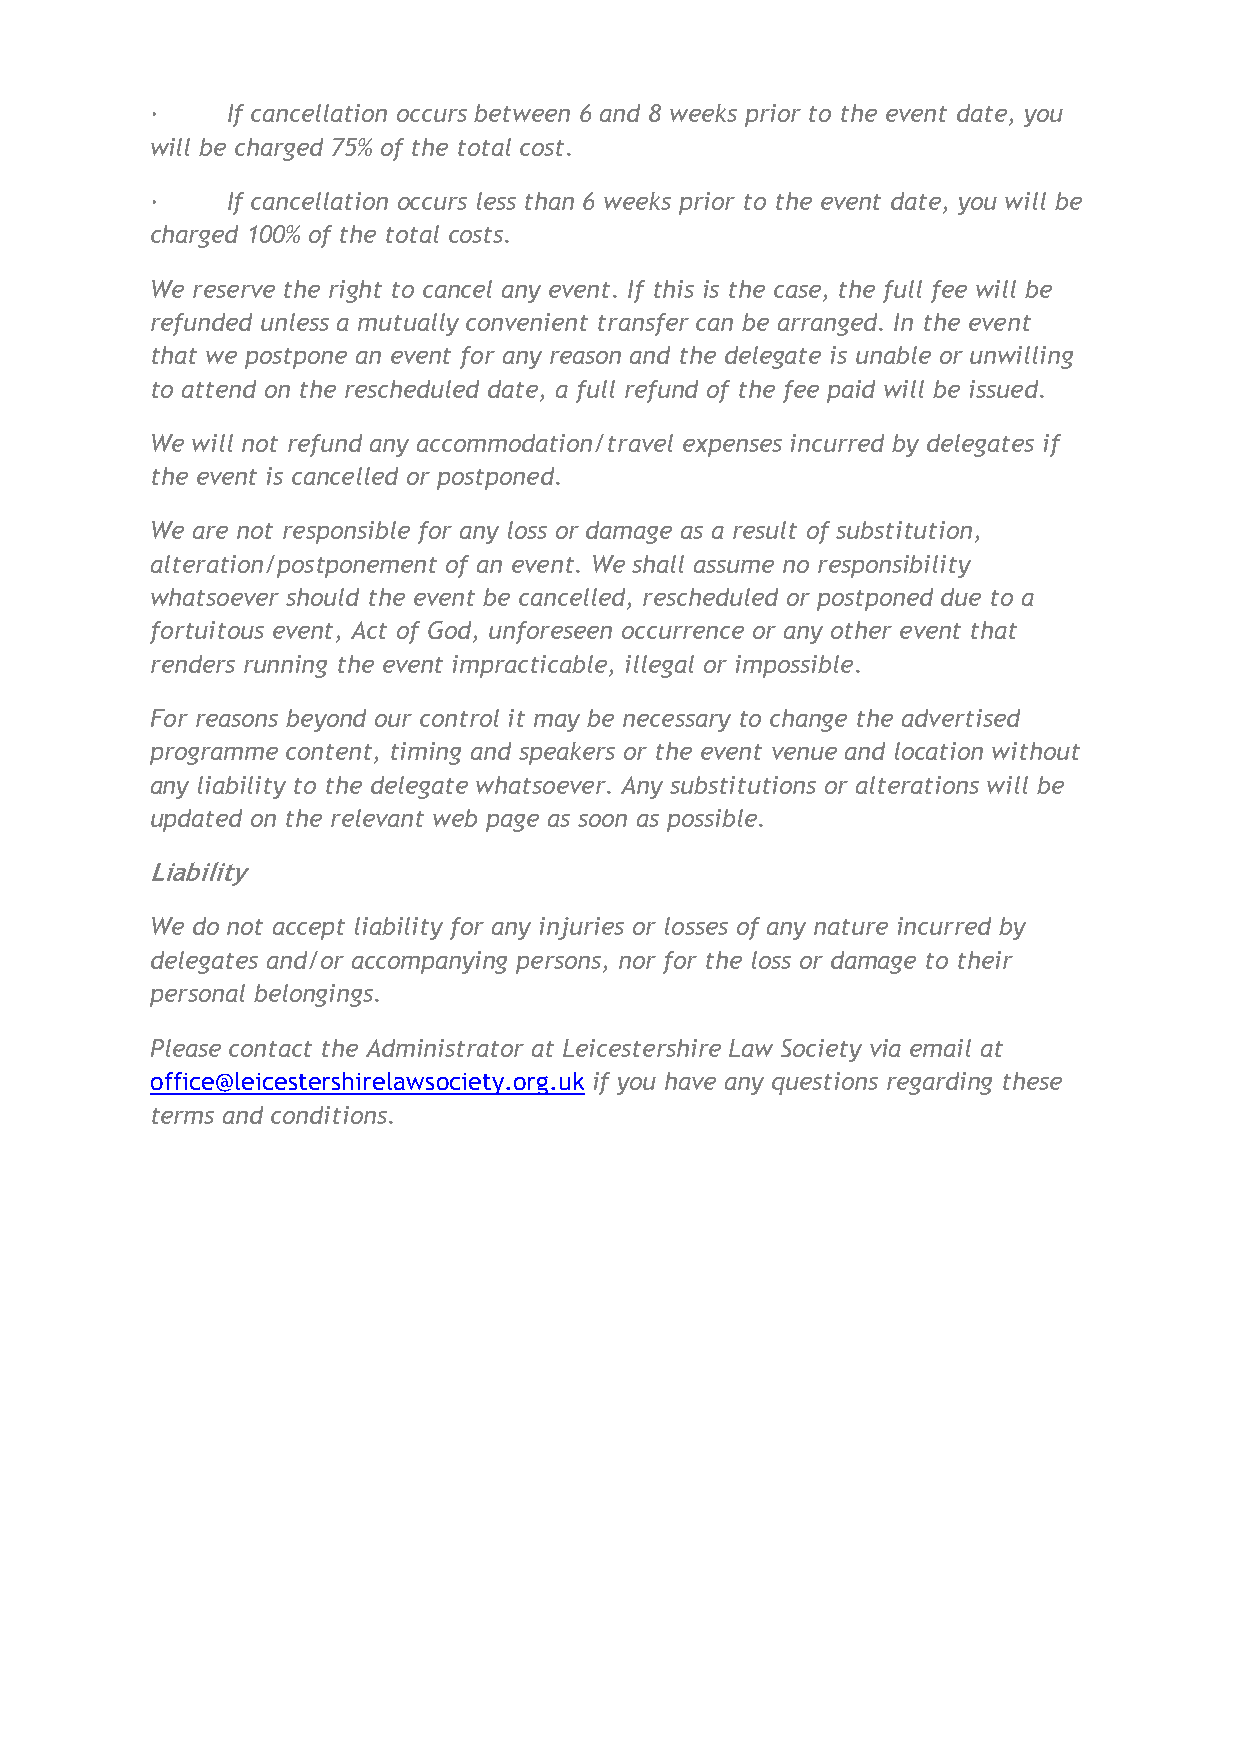
·    If cancellation occurs between 6 and 8 weeks prior to the event date, you
 will be charged 75% of the total cost.
 ·    If cancellation occurs less than 6 weeks prior to the event date, you will be
 charged 100% of the total costs.
 We reserve the right to cancel any event. If this is the case, the full fee will be
 refunded unless a mutually convenient transfer can be arranged. In the event
 that we postpone an event for any reason and the delegate is unable or unwilling
 to attend on the rescheduled date, a full refund of the fee paid will be issued.
 We will not refund any accommodation/travel expenses incurred by delegates if
 the event is cancelled or postponed.
 We are not responsible for any loss or damage as a result of substitution,
 alteration/postponement of an event. We shall assume no responsibility
 whatsoever should the event be cancelled, rescheduled or postponed due to a
 fortuitous event, Act of God, unforeseen occurrence or any other event that
 renders running the event impracticable, illegal or impossible.
 For reasons beyond our control it may be necessary to change the advertised
 programme content, timing and speakers or the event venue and location without
 any liability to the delegate whatsoever. Any substitutions or alterations will be
 updated on the relevant web page as soon as possible.
 Liability
 We do not accept liability for any injuries or losses of any nature incurred by
 delegates and/or accompanying persons, nor for the loss or damage to their
 personal belongings.
 Please contact the Administrator at Leicestershire Law Society via email at
 office@leicestershirelawsociety.org.uk if you have any questions regarding these
 terms and conditions.